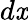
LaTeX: d\mathit{x}